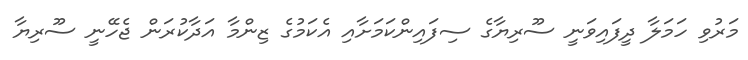
މަރުވި ހަަމަލާ ދީފައިވަނީ ސޫރިޔާގެ ސިފައިންކަމަށާއި އެކަމުގެ ޒިންމާ އަދާކުރަން ޖެހޭނީ ސޫރިޔާ